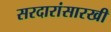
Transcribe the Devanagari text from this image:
सरदारांसारखी